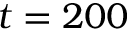
t = 2 0 0